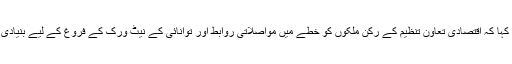
اس موقع پر ترکمانستان کے صدر امام علی رحمان نے اپنے خطاب میں کہا کہ اقتصادی تعاون تنظیم کے رکن ملکوں کو خطے میں مواصلاتی روابط اور توانائی کے نیٹ ورک کے فروغ کے لیے بنیادی ڈھانچے کے مشترکہ منصوبوں پر عملدرآمد پر زیادہ توجہ دینی چاہیے۔